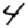
Digit: 4